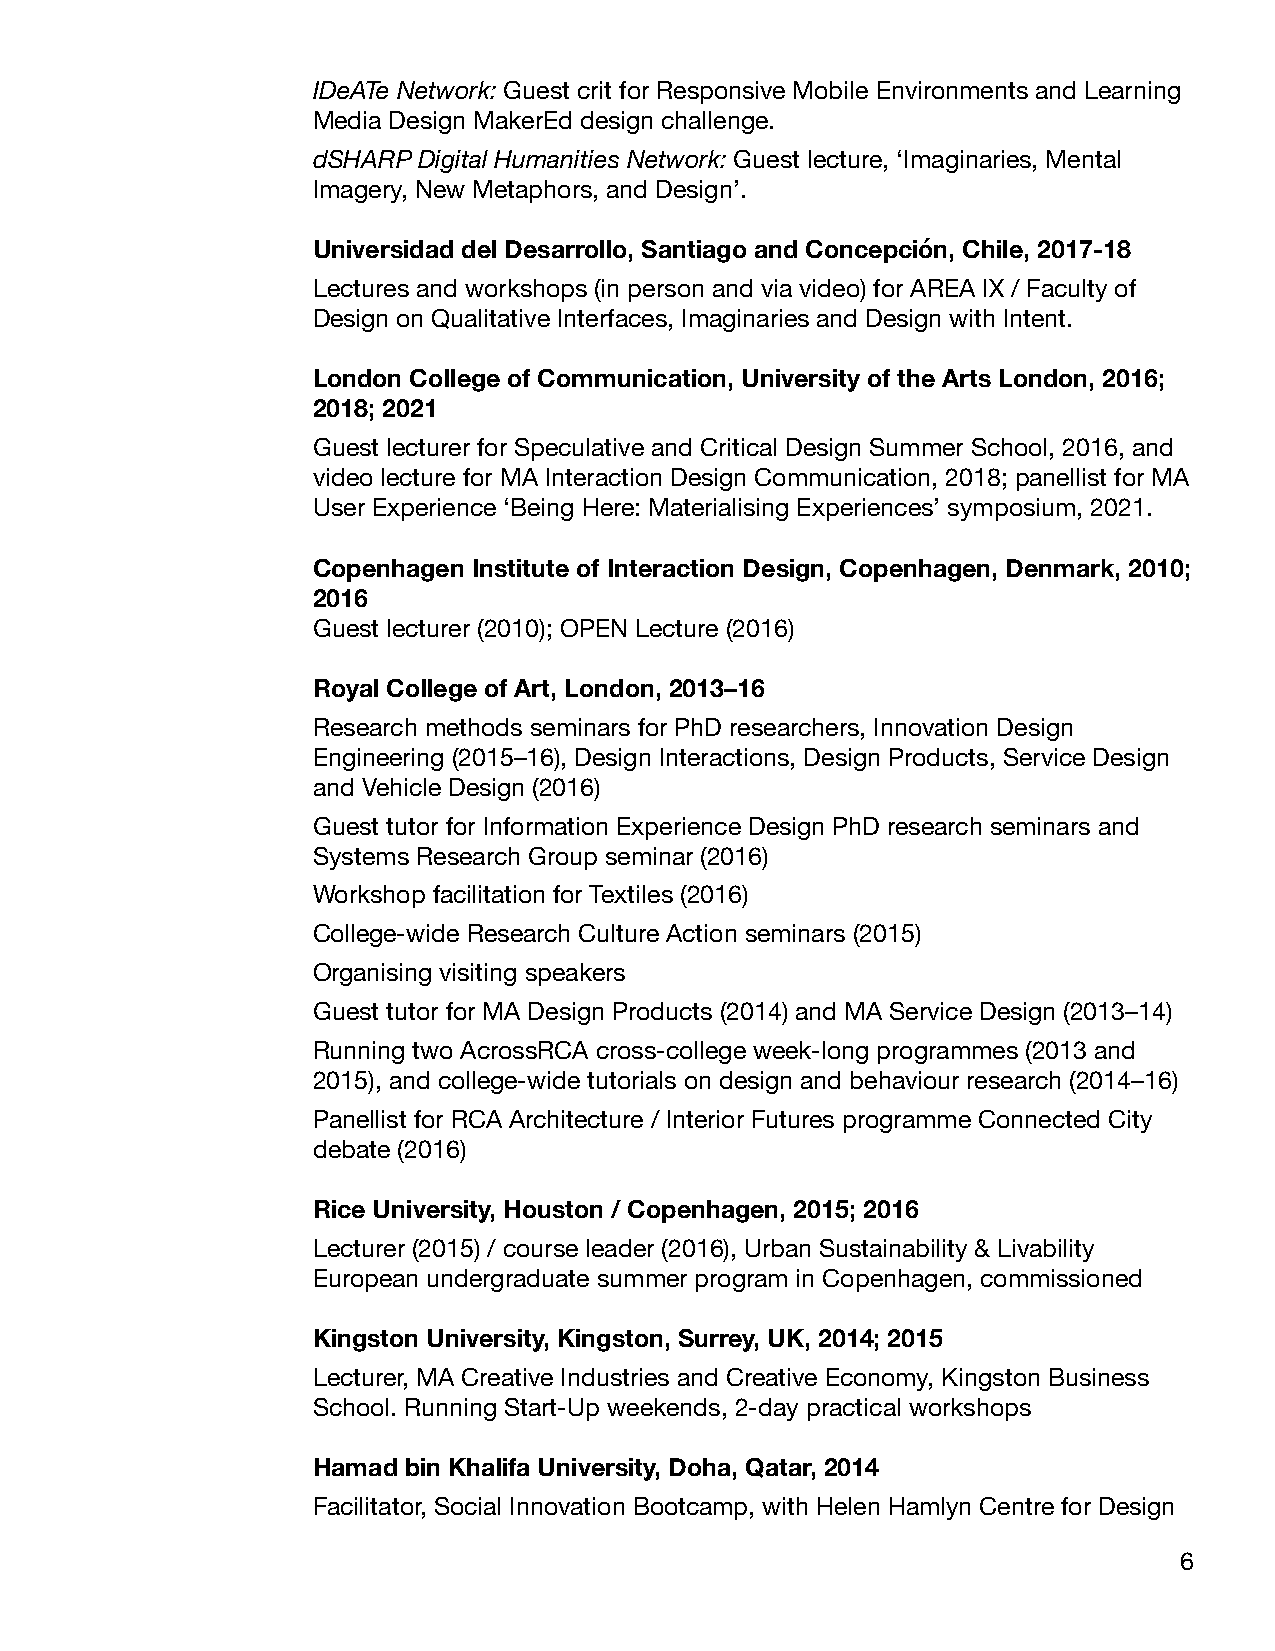
IDeATe Network: Guest crit for Responsive Mobile Environments and Learning
 Media Design MakerEd design challenge.
 dSHARP Digital Humanities Network: Guest lecture, ‘Imaginaries, Mental
 Imagery, New Metaphors, and Design’.
 Universidad del Desarrollo, Santiago and Concepción, Chile, 2017-18
 Lectures and workshops (in person and via video) for AREA IX / Faculty of
 Design on Qualitative Interfaces, Imaginaries and Design with Intent.
 London College of Communication, University of the Arts London, 2016;
 2018; 2021
 Guest lecturer for Speculative and Critical Design Summer School, 2016, and
 video lecture for MA Interaction Design Communication, 2018; panellist for MA
 User Experience ‘Being Here: Materialising Experiences’ symposium, 2021.
 Copenhagen Institute of Interaction Design, Copenhagen, Denmark, 2010;
 2016
 Guest lecturer (2010); OPEN Lecture (2016)
 Royal College of Art, London, 2013–16
 Research methods seminars for PhD researchers, Innovation Design
 Engineering (2015–16), Design Interactions, Design Products, Service Design
 and Vehicle Design (2016)
 Guest tutor for Information Experience Design PhD research seminars and
 Systems Research Group seminar (2016)
 Workshop facilitation for Textiles (2016)
 College-wide Research Culture Action seminars (2015)
 Organising visiting speakers
 Guest tutor for MA Design Products (2014) and MA Service Design (2013–14)
 Running two AcrossRCA cross-college week-long programmes (2013 and
 2015), and college-wide tutorials on design and behaviour research (2014–16)
 Panellist for RCA Architecture / Interior Futures programme Connected City
 debate (2016)
 Rice University, Houston / Copenhagen, 2015; 2016
 Lecturer (2015) / course leader (2016), Urban Sustainability & Livability
 European undergraduate summer program in Copenhagen, commissioned
 Kingston University, Kingston, Surrey, UK, 2014; 2015
 Lecturer, MA Creative Industries and Creative Economy, Kingston Business
 School. Running Start-Up weekends, 2-day practical workshops
 Hamad bin Khalifa University, Doha, Qatar, 2014
 Facilitator, Social Innovation Bootcamp, with Helen Hamlyn Centre for Design
 6